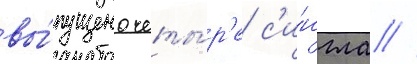
вы́пущено четы́р'е с'и́нгла //